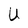
Character: U